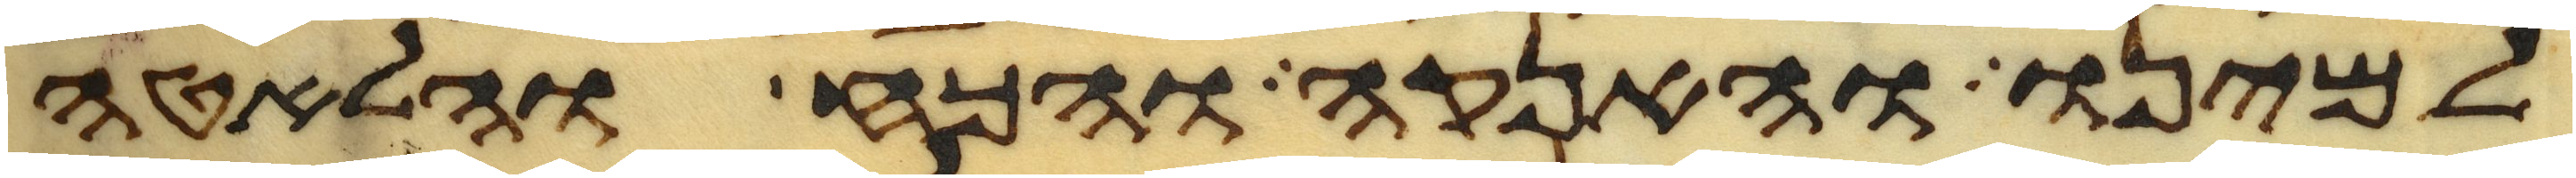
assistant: למינו והאנקה והכח והלאטה